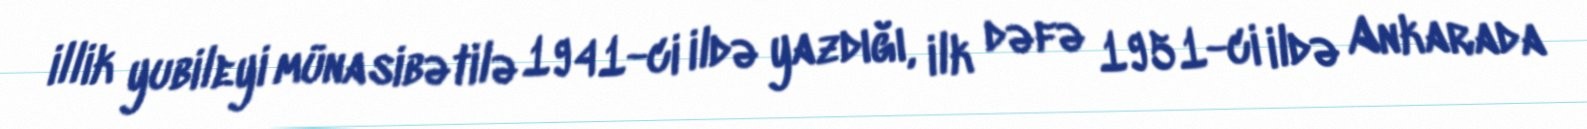
illik yubileyi münasibətilə 1941-ci ildə yazdığı, ilk dəfə 1951-ci ildə Ankarada